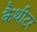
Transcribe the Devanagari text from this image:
कैथीटर